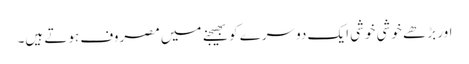
اور بڑھے خوشی خوشی ایک دوسرے کو بھیجنے میں مصروف ہوتے ہیں۔